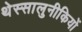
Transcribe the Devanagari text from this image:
थेस्सालुनीकियों